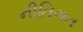
નીતિગત